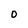
Character: 0